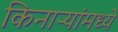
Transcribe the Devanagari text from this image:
किनाऱ्यांमध्ये